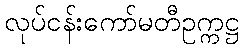
လုပ်ငန်းကော်မတီဥက္ကဋ္ဌ